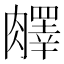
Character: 𦡇